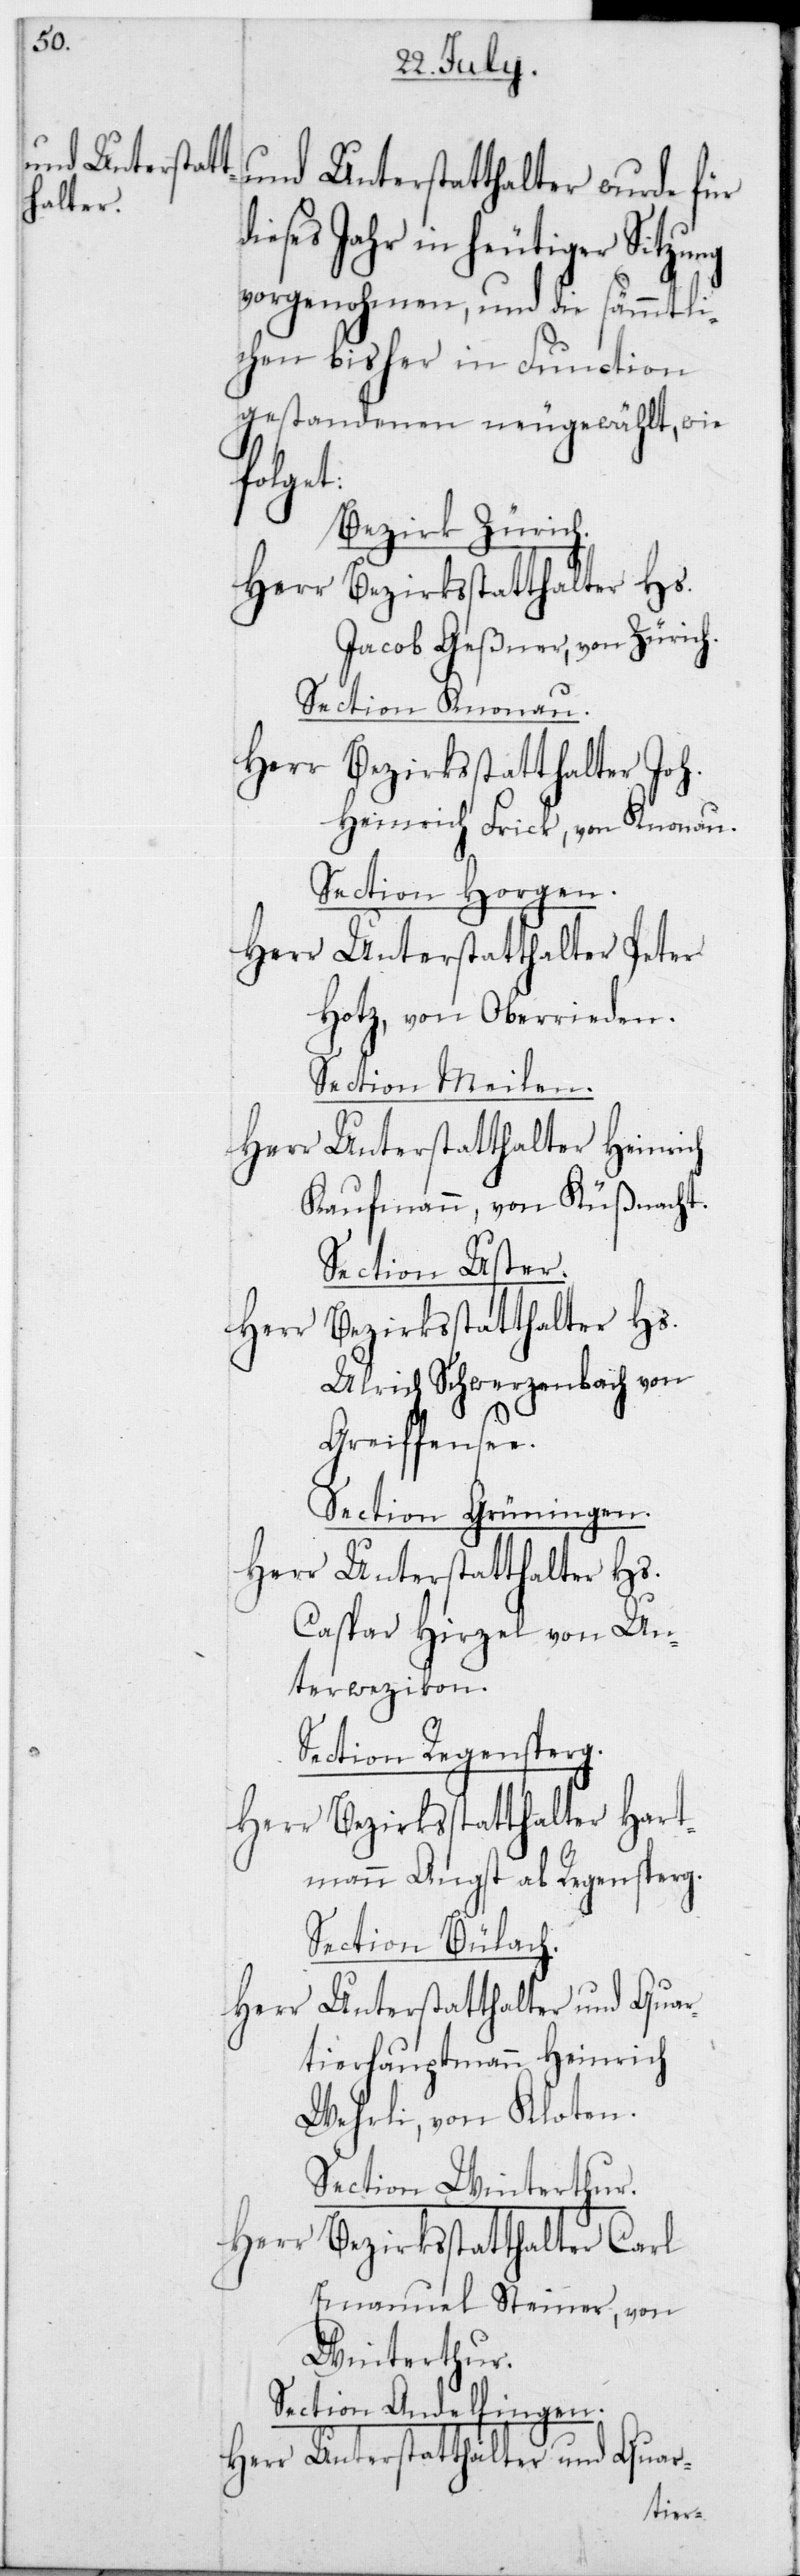
und Unterstatthalter wurde für
eses Jahr in heutiger Sitzung
vorgenohmen, und die sämmtli¬
chen bisher in Function
gestandenen neugewählt, wie
folget:
Bezirk Zürich.
Herr Bezirksstatthalter Hs.
Jacob Geßner, von Zürich.
Section Knonau.
Herr Bezirksstatthalter Joh.
Heinrich Frick, von Knonau.
Section Horgen.
Herr Unterstatthalter Peter
Hotz, von Oberrieden.
Section Meilen.
Herr Unterstatthalter Heinrich
Kaufmann, von Küßnacht.
Section Uster.
Ulrich Schwerzenbach, von
Greiffensee.
Section Grüningen.
Herr Unterstatthalter Hs.
Caspar Hirzel von Un¬
terwetzikon.
Section Regensperg.
Herr Bezirksstatthalter Hart¬
mann Angst ab Regensperg.
Section Bülach.
di¬
tierhauptmann Heinrich
Wehrli, von Kloten.
Section Winterthur.
Herr
Bezirksstatthalter Carl
Emanuel Steiner, von
Winterthur.
Section Andelfingen.
Herr Unterstatthalter und Quar-